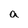
Character: a